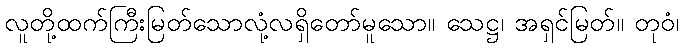
လူတို့ထက်ကြီးမြတ်သောလုံ့လရှိတော်မူသော။ သေဋ္ဌ၊ အရှင်မြတ်။ တုဝံ၊